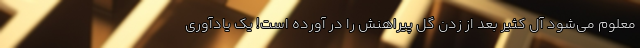
معلوم می‌شود آل کثیر بعد از زدن گل پیراهنش را در آورده است! یک یادآوری